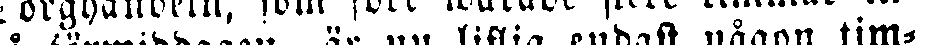
på förmiddagen, är nu listig endast någon tim-